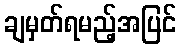
ချမှတ်ရမည့်အပြင်